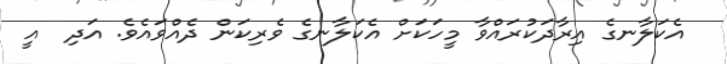
އެކަލާނގެ އިރާދަކުރައްވާ މީހަކަށް އެކަލާނގެ ވެރިކަން ދެއްވައެވެ. އަދި  އީ